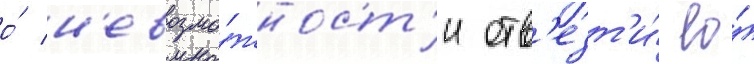
о́ н'евозмо́жност'и отв'езт'и́ ео́